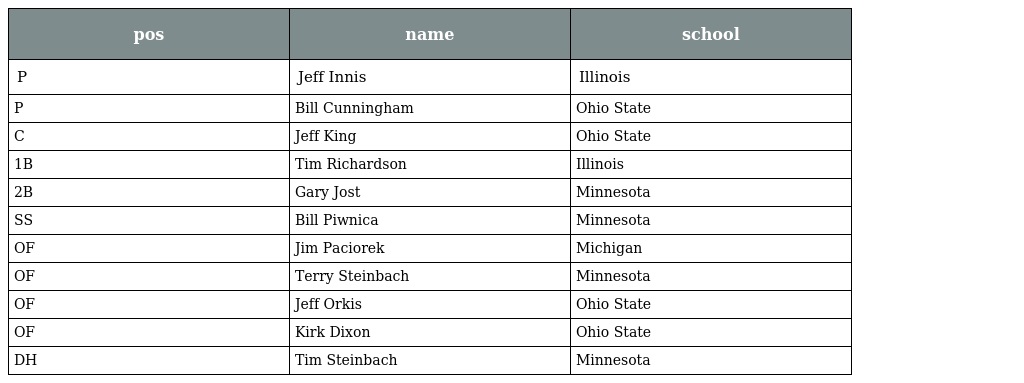
| pos | name | school |
 | --- | --- | --- |
 | P | Jeff Innis | Illinois |
 | P | Bill Cunningham | Ohio State |
 | C | Jeff King | Ohio State |
 | 1B | Tim Richardson | Illinois |
 | 2B | Gary Jost | Minnesota |
 | SS | Bill Piwnica | Minnesota |
 | OF | Jim Paciorek | Michigan |
 | OF | Terry Steinbach | Minnesota |
 | OF | Jeff Orkis | Ohio State |
 | OF | Kirk Dixon | Ohio State |
 | DH | Tim Steinbach | Minnesota |